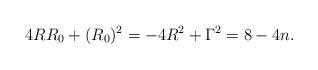
LaTeX: \begin{align*} 4 R R_0 + (R_0)^2= -4 R^2 + \Gamma^2= 8-4n.\end{align*}